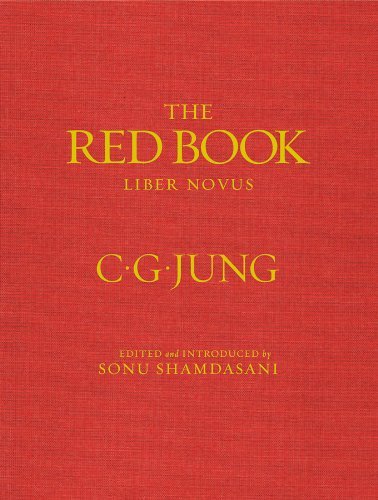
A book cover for The Red Book (Philemon); C. G. Jung; Medical Books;